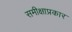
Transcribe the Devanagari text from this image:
समीक्षाप्रकार